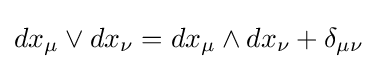
dx_{\mu }\vee dx_{\nu }=dx_{\mu }\wedge dx_{\nu }+\delta _{\mu \nu }